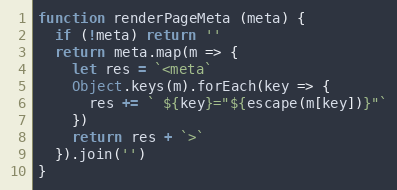
Language: JavaScript
function renderPageMeta (meta) {
  if (!meta) return ''
  return meta.map(m => {
    let res = `<meta`
    Object.keys(m).forEach(key => {
      res += ` ${key}="${escape(m[key])}"`
    })
    return res + `>`
  }).join('')
}